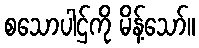
စသောပါဌ်ကို မိန့်သော်။